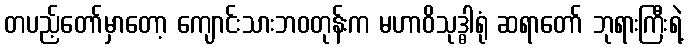
တပည့်တော်မှာတော့ ကျောင်းသားဘဝတုန်းက မဟာဝိသုဒ္ဓါရုံ ဆရာတော် ဘုရားကြီးရဲ့